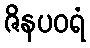
ဇိနပဝရံ